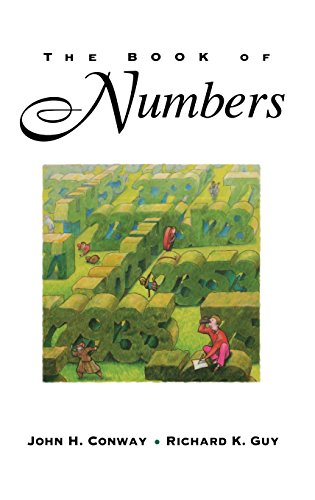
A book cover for The Book of Numbers; John H. Conway; Science & Math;